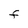
Character: F